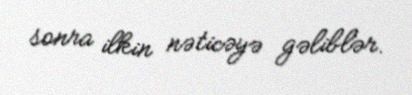
sonra ilkin nəticəyə gəliblər.